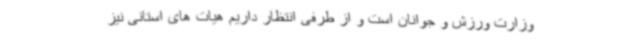
وزارت ورزش و جوانان است و از طرفی انتظار داریم هیات های استانی نیز